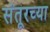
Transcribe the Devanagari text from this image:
संतूरच्या